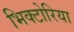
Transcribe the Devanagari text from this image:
भिक्टोरिया